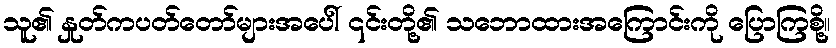
သူ၏ နှုတ်ကပတ်တော်များအပေါ် ၎င်းတို့၏ သဘောထားအကြောင်းကို ပြောကြစို့။